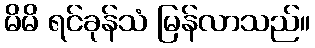
မိမိ ရင်ခုန်သံ မြန်လာသည်။